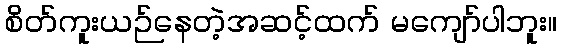
စိတ်ကူးယဉ်နေတဲ့အဆင့်ထက် မကျော်ပါဘူး။